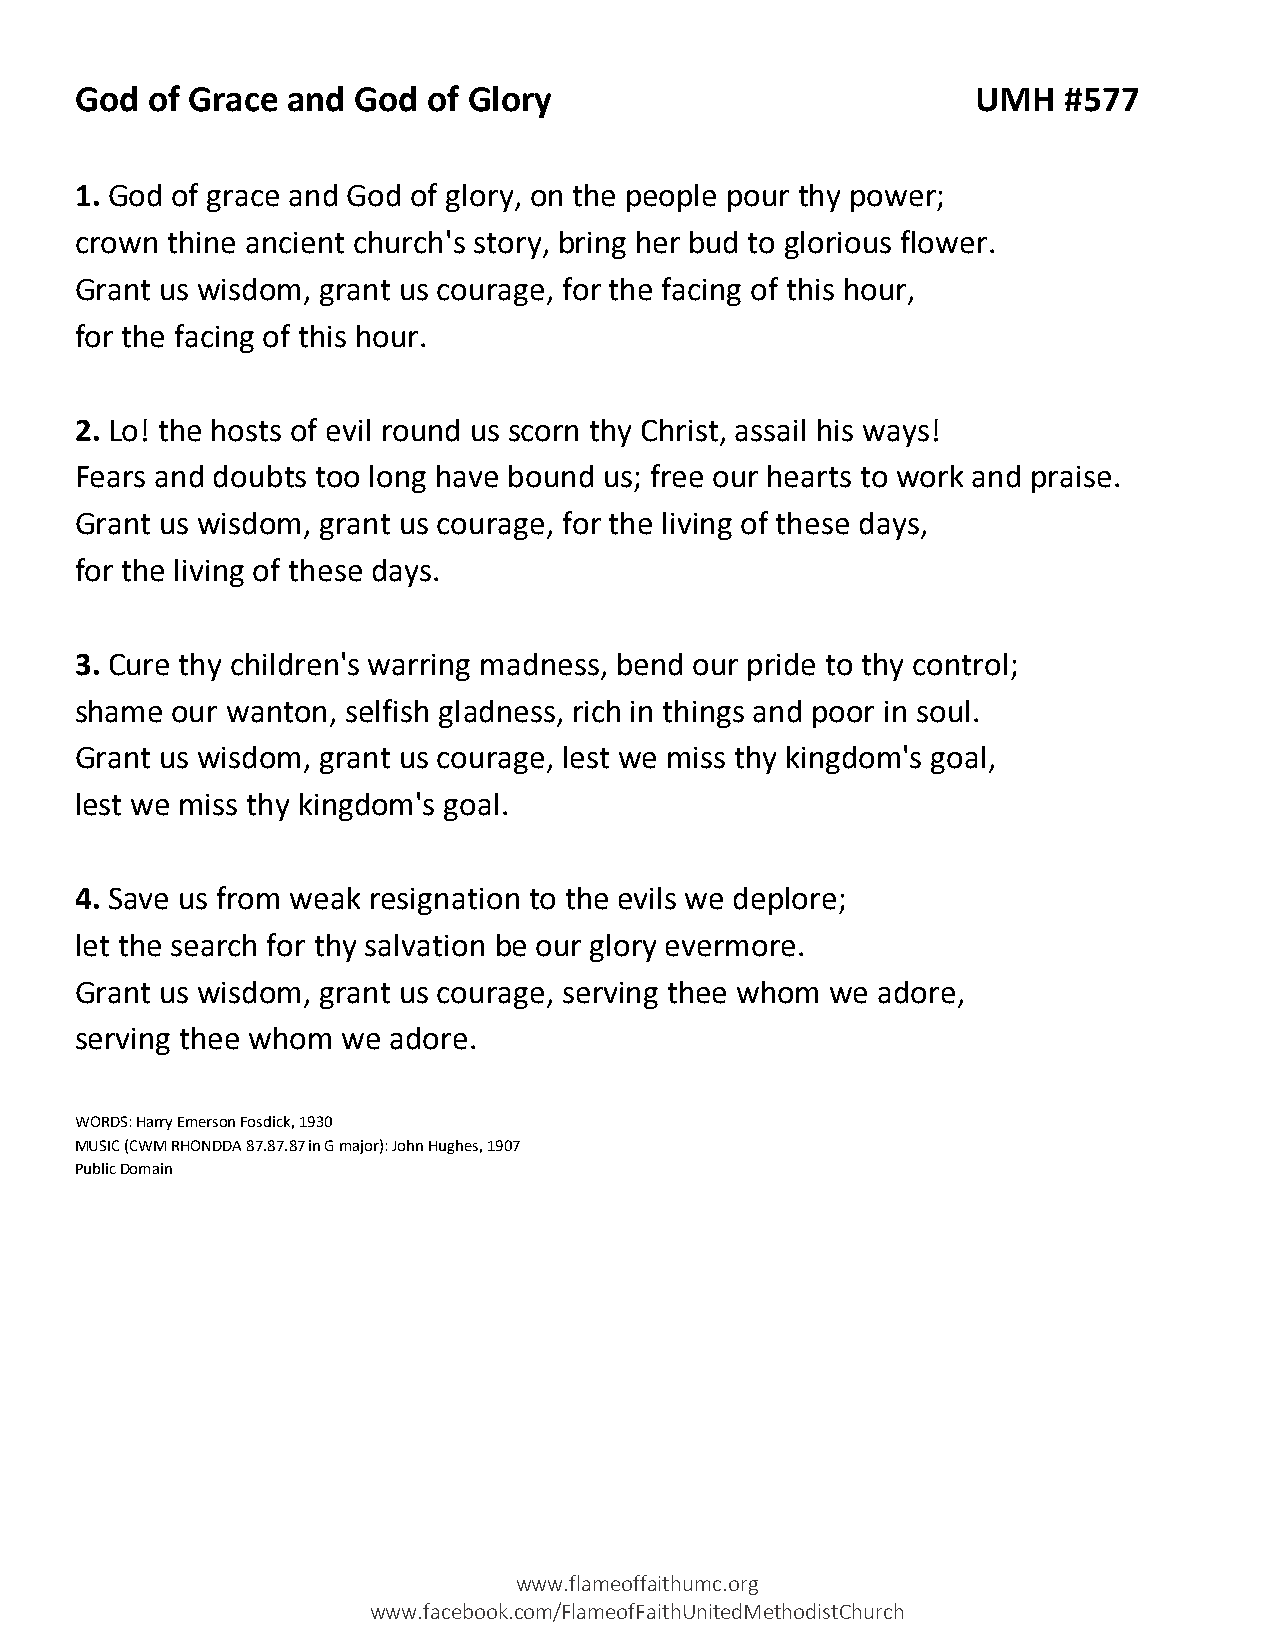
God  of Grace and God  of Glory                             UMH  #577
 1. God of grace and God of glory, on the people pour thy power;
 crown thine ancient church's story, bring her bud to glorious flower.
 Grant us wisdom, grant us courage, for the facing of this hour,
 for the facing of this hour.
 2. Lo! the hosts of evil round us scorn thy Christ, assail his ways!
 Fears and doubts too long have bound us; free our hearts to work and praise.
 Grant us wisdom, grant us courage, for the living of these days,
 for the living of these days.
 3. Cure thy children's warring madness, bend our pride to thy control;
 shame our wanton, selfish gladness, rich in things and poor in soul.
 Grant us wisdom, grant us courage, lest we miss thy kingdom's goal,
 lest we miss thy kingdom's goal.
 4. Save us from weak resignation to the evils we deplore;
 let the search for thy salvation be our glory evermore.
 Grant us wisdom, grant us courage, serving thee whom we adore,
 serving thee whom we adore.
 WORDS: Harry Emerson Fosdick, 1930
 MUSIC (CWM RHONDDA 87.87.87 in G major): John Hughes, 1907
 Public Domain
 www.flameoffaithumc.org
 www.facebook.com/FlameofFaithUnitedMethodistChurch